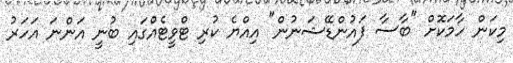
މިކަން ހާމަކޮށް "ބާސާ ފައުންޑޭޝަނުން" އިއްޔެ ކުރި ޓްވީޓެއްގައި ބުނީ އަންނަ އަހަރު